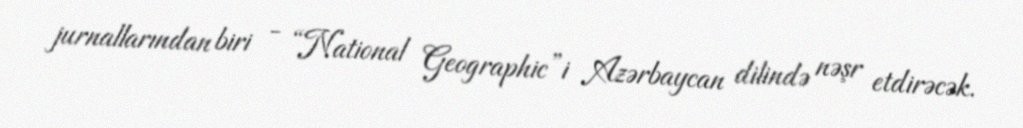
jurnallarından biri - “National Geographic”i Azərbaycan dilində nəşr etdirəcək.